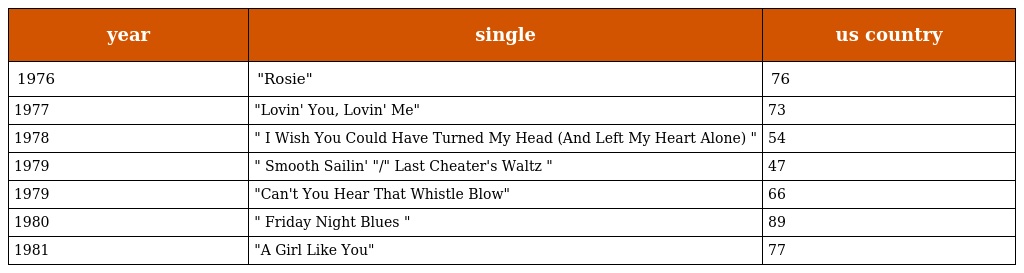
| year | single | us country |
 | --- | --- | --- |
 | 1976 | "Rosie" | 76 |
 | 1977 | "Lovin' You, Lovin' Me" | 73 |
 | 1978 | " I Wish You Could Have Turned My Head (And Left My Heart Alone) " | 54 |
 | 1979 | " Smooth Sailin' "/" Last Cheater's Waltz " | 47 |
 | 1979 | "Can't You Hear That Whistle Blow" | 66 |
 | 1980 | " Friday Night Blues " | 89 |
 | 1981 | "A Girl Like You" | 77 |